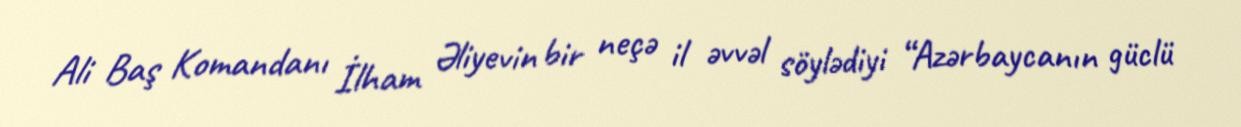
Ali Baş Komandanı İlham Əliyevin bir neçə il əvvəl söylədiyi “Azərbaycanın güclü